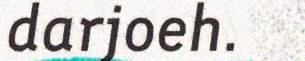
darjoeh.